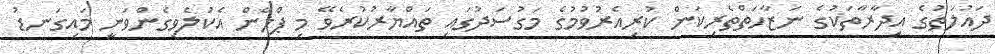
ދައުލަތުގެ އިދާރާތަކުގެ ނަޒާހަތްތެރިކަން ކުރިއެރުވުމުގެ މަގުސަދުގައި ތައްޔާރުކުރެވޭ މި ޕްލޭން އެކުލެވިގެންވަނީ މައިގަނޑު